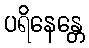
ပရိနေန္တေ